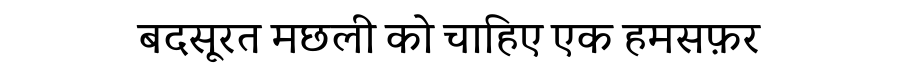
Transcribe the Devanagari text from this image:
बदसूरत मछली को चाहिए एक हमसफ़र